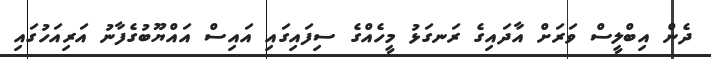
ދެން އިބްލީސް ވަރަށް އާދައިގެ ރަނގަޅު މީހެއްގެ ސިފައިގައި އައިސް އައްޔޫބުގެފާނު އަރިއަހުގައި